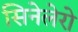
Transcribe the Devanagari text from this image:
सिनेलेरो